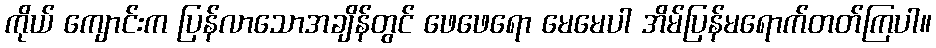
ကိုယ် ကျောင်းက ပြန်လာသောအချိန်တွင် ဖေဖေရော မေမေပါ အိမ်ပြန်မရောက်တတ်ကြပါ။